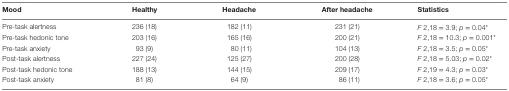
<table><thead><tr><td><b>Mood</b></td><td><b>Healthy</b></td><td><b>Headache</b></td><td><b>After headache</b></td><td><b>Statistics</b></td></tr></thead><tbody><tr><td>Pre-task alertness</td><td>236 (18)</td><td>182 (11)</td><td>231 (21)</td><td><i>F</i> 2,18 = 3.9; <i>p</i> = 0.04*</td></tr><tr><td>Pre-task hedonic tone</td><td>203 (16)</td><td>165 (16)</td><td>200 (21)</td><td><i>F</i> 2,18 = 10.3; <i>p</i> = 0.001*</td></tr><tr><td>Pre-task anxiety</td><td>93 (9)</td><td>80 (11)</td><td>104 (13)</td><td><i>F</i> 2,18 = 3.5; <i>p</i> = 0.05*</td></tr><tr><td>Post-task alertness</td><td>227 (24)</td><td>125 (27)</td><td>200 (28)</td><td><i>F</i> 2,18 = 5.03; <i>p</i> = 0.02*</td></tr><tr><td>Post-task hedonic tone</td><td>188 (13)</td><td>144 (15)</td><td>209 (17)</td><td><i>F</i> 2,19 = 4.3; <i>p</i> = 0.03*</td></tr><tr><td>Post-task anxiety</td><td>81 (8)</td><td>64 (9)</td><td>86 (11)</td><td><i>F</i> 2,18 = 3.6; <i>p</i> = 0.05*</td></tr></tbody></table>